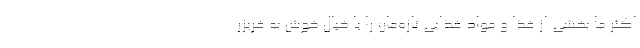
اکثر ما بخشی از غذا و مواد غذایی تازه‌مان را با خیال خوش به فریزر